Civil Veterinary Dept. North-West Frontier Province 1901-22 - 1901-1922
Year: 1901
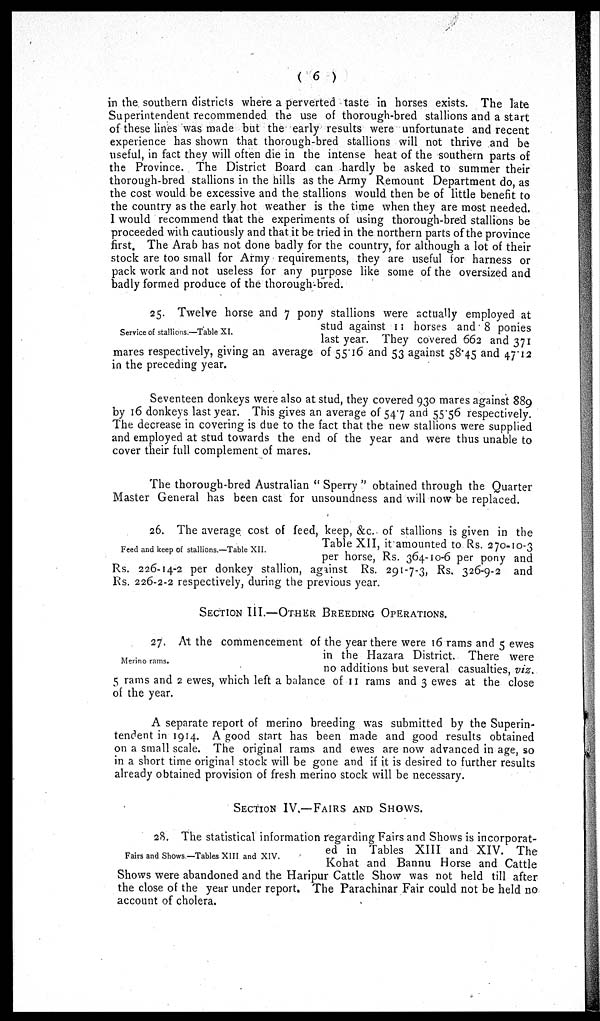
(6)
in the southern districts where a perverted taste in horses exists. The late
Superintendent recommended the use of thorough-bred stallions and a start
of these lines was made but the early results were unfortunate and recent
experience has shown that thorough-bred stallions will not thrive and be
useful, in fact they will often die in the intense heat of the southern parts of
the Province. The District Board can hardly be asked to summer their
thorough-bred stallions in the hills as the Army Remount Department do, as
the cost would be excessive and the stallions would then be of little benefit to
the country as the early hot weather is the time when they are most needed.
I would recommend that the experiments of using thorough-bred stallions be
proceeded with cautiously and that it be tried in the northern parts of the province
first. The Arab has not done badly for the country, for although a lot of their
stock are too small for Army requirements, they are useful for harness or
pack work and not useless for any purpose like some of the oversized and
badly formed produce of the thorough-bred.
Service of stallions.—Table XI.
25. Twelve horse and 7 pony stallions were actually employed at
stud against 11 horses and 8 ponies
last year. They covered 662 and 371
mares respectively, giving an average of 55.16 and 53 against 58.45 and 47.12
in the preceding year.
Seventeen donkeys were also at stud, they covered 930 mares against 889
by 16 donkeys last year. This gives an average of 54.7 and 55.56 respectively.
The decrease in covering is due to the fact that the new stallions were supplied
and employed at stud towards the end of the year and were thus unable to
cover their full complement of mares.
The thorough-bred Australian " Sperry " obtained through the Quarter
Master General has been cast for unsoundness and will now be replaced.
Feed and keep of stallions.—Table XII.
26. The average cost of feed, keep, &c. of stallions is given in the
Table XII, it amounted to Rs. 270-10-3
per horse, Rs. 364-10-6 per pony and
Rs. 226-14-2 per donkey stallion, against Rs. 291-7-3, Rs. 326-9-2 and
Rs. 226-2-2 respectively, during the previous year.
SECTION III.—OTHER BREEDING OPERATIONS.
Merino rams.
27. At the commencement of the year there were 16 rams and 5 ewes
in the Hazara District. There were
no additions but several casualties, viz.
5 rams and 2 ewes, which left a balance of 11 rams and 3 ewes at the close
of the year.
A separate report of merino breeding was submitted by the Superin-
tendent in 1914. A good start has been made and good results obtained
on a small scale. The original rams and ewes are now advanced in age, so
in a short time original stock will be gone and if it is desired to further results
already obtained provision of fresh merino stock will be necessary.
SECTION IV.—FAIRS AND SHOWS.
Fairs and Shows—Tables XIII and XIV.
28. The statistical information regarding Fairs and Shows is incorporat-
ed in Tables XIII and XIV. The
Kohat and Bannu Horse and Cattle
Shows were abandoned and the Haripur Cattle Show was not held till after
the close of the year under report. The Parachinar Fair could not be held no
account of cholera.